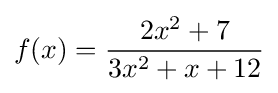
f(x)={\frac {2x^{2}+7}{3x^{2}+x+12}}